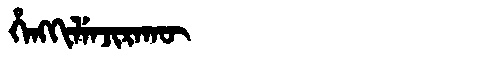
Manchu: ᡥᡝᠩᡴᡳᠯᡝᠨᠵᡳᡵᠠᡴᡡ
Romanization: HENGKILENJIRAKŪ